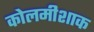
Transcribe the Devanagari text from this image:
कोलमीशाक